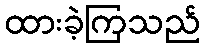
ထားခဲ့ကြသည်